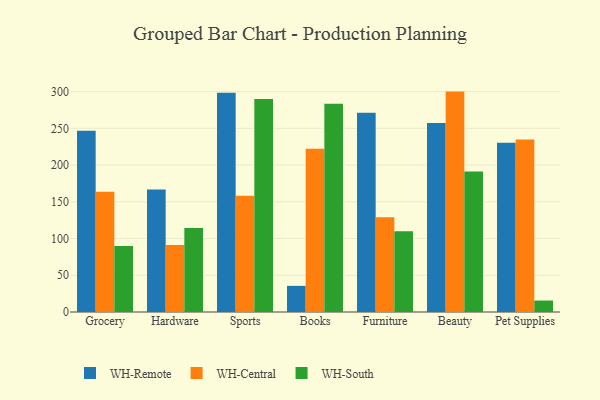
{"axis": {"x": "Category", "y": "Budget (USD K)"}, "legend": ["WH-Central", "WH-Remote", "WH-South"], "data": [{"x": "Grocery", "y": 246.7, "type": "WH-Remote"}, {"x": "Grocery", "y": 163.8, "type": "WH-Central"}, {"x": "Grocery", "y": 89.7, "type": "WH-South"}, {"x": "Hardware", "y": 166.9, "type": "WH-Remote"}, {"x": "Hardware", "y": 91.3, "type": "WH-Central"}, {"x": "Hardware", "y": 114.3, "type": "WH-South"}, {"x": "Sports", "y": 298.5, "type": "WH-Remote"}, {"x": "Sports", "y": 158.1, "type": "WH-Central"}, {"x": "Sports", "y": 289.9, "type": "WH-South"}, {"x": "Books", "y": 35.6, "type": "WH-Remote"}, {"x": "Books", "y": 222.1, "type": "WH-Central"}, {"x": "Books", "y": 283.5, "type": "WH-South"}, {"x": "Furniture", "y": 271.1, "type": "WH-Remote"}, {"x": "Furniture", "y": 128.9, "type": "WH-Central"}, {"x": "Furniture", "y": 110.0, "type": "WH-South"}, {"x": "Beauty", "y": 257.2, "type": "WH-Remote"}, {"x": "Beauty", "y": 300.0, "type": "WH-Central"}, {"x": "Beauty", "y": 191.4, "type": "WH-South"}, {"x": "Pet Supplies", "y": 230.4, "type": "WH-Remote"}, {"x": "Pet Supplies", "y": 234.8, "type": "WH-Central"}, {"x": "Pet Supplies", "y": 15.6, "type": "WH-South"}]}